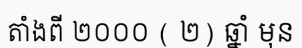
តាំងពី ២០០០ ( ២) ឆ្នាំ មុន